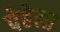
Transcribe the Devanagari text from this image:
पेहेला